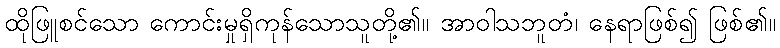
ထိုဖြူစင်သော ကောင်းမှုရှိကုန်သောသူတို့၏။ အာဝါသဘူတံ၊ နေရာဖြစ်၍ ဖြစ်၏။